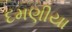
દમણીયા